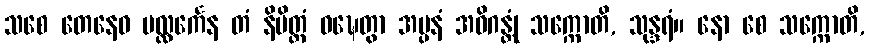
သစေ တေနေဝ ပလ္လင်္ကေန တံ နိမိတ္တံ ဝဍ္ဎေတွာ အပ္ပနံ အဓိဂန္တုံ သက္ကောတိ, သုန္ဒရံ။ နော စေ သက္ကောတိ,